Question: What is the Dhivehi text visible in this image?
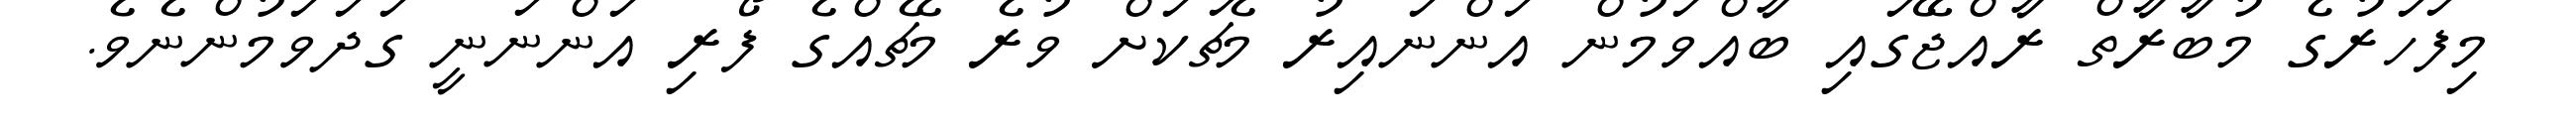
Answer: މިފަހަރުގެ މުބާރާތް ރާއްޖޭގައި ބާއްވަމުން އަންނައިރު މެޗަކަށް ވުރެ މެޗެއްގެ ފޯރި އަންނަނީ ގަދަވަމުންނެވެ.